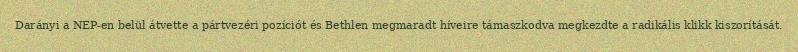
Darányi a NEP-en belül átvette a pártvezéri pozíciót és Bethlen megmaradt híveire támaszkodva megkezdte a radikális klikk kiszorítását.